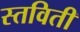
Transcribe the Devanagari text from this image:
स्तविती